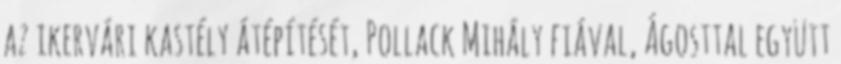
az ikervári kastély átépítését, Pollack Mihály fiával, Ágosttal együtt